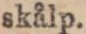
skålp.